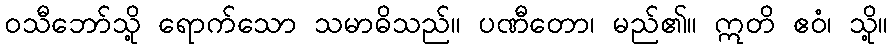
ဝသီဘော်သို့ ရောက်သော သမာဓိသည်။ ပဏီတော၊ မည်၏။ ဣတိ ဧဝံ၊ သို့။